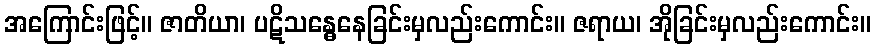
အကြောင်းဖြင့်။ ဇာတိယာ၊ ပဋိသန္ဓေနေခြင်းမှလည်းကောင်း။ ဇရာယ၊ အိုခြင်းမှလည်းကောင်း။